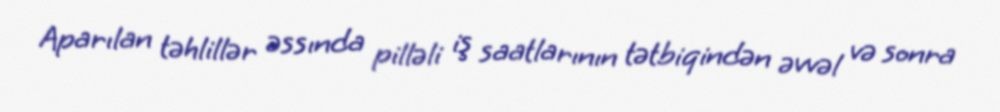
Aparılan təhlillər əssında pilləli iş saatlarının tətbiqindən əvvəl və sonra